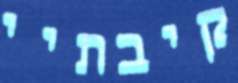
קיבתיי